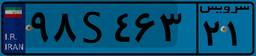
۹۴S۵۱۸۳۹